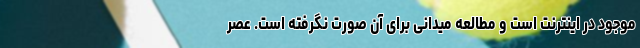
موجود در اینترنت است و مطالعه میدانی برای آن صورت نگرفته است. عصر